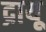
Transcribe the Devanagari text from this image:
द्रायू